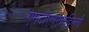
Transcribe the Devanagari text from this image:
एमटीएनएलदिल्ली